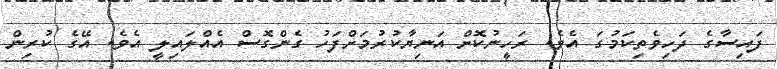
ފައިސާގެ ދަހިވެތިކަމުގަ އެވެ. ރަހީނުކޮށް އަނިޔާކުރުމަށްފަހު ގެންގޮސް އެއްލައިލީ އެވެ. އޭގެ ކުރިން